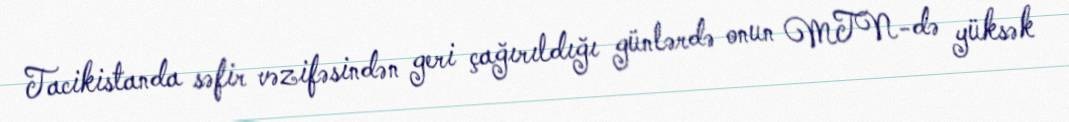
Tacikistanda səfir vəzifəsindən geri çağırıldığı günlərdə onun MTN-də yüksək